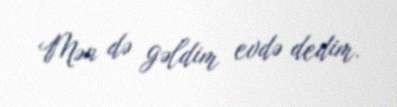
Mən də gəldim evdə dedim.